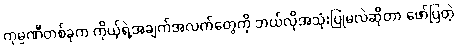
ကုမ္ပဏီတစ်ခုက ကိုယ့်ရဲ့အချက်အလက်တွေကို ဘယ်လိုအသုံးပြုမလဲဆိုတာ ဖော်ပြတဲ့